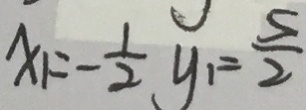
x _ { 1 } = - \frac { 1 } { 2 } y _ { 1 } = \frac { 5 } { 2 }